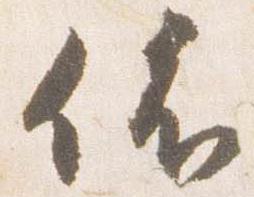
依